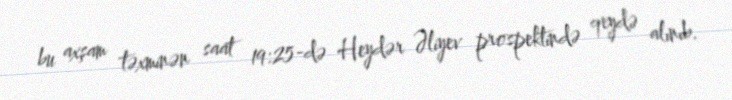
bu axşam təxminən saat 19:25-də Heydər Əliyev prospektində qeydə alınıb.